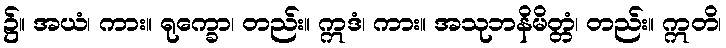
၌။ အယံ၊ ကား။ ရုက္ခော၊ တည်း။ ဣဒံ၊ ကား။ အသုဘနိမိတ္တံ၊ တည်း။ ဣတိ၊